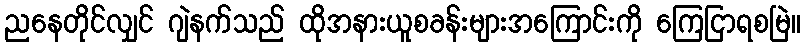
ညနေတိုင်လျှင် ဂျဲနက်သည် ထိုအနားယူစခန်းများအကြောင်းကို ကြေငြာရစမြဲ။